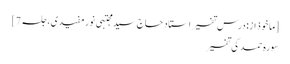
[ماخوذ از: درس تفسیر استاد حاج سید مجتبی نورمفیدی، جلسہ 7]
سورہ حمد کی تفسیر